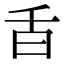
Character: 𣅌